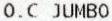
O.C JUMBO